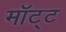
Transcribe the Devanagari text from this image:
मॉट्ट